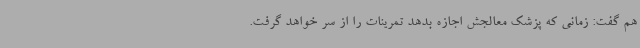
هم گفت: زمانی که پزشک معالجش اجازه بدهد تمرینات را از سر خواهد گرفت.